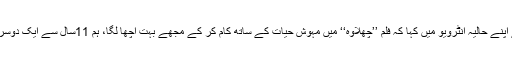
ذرائع ابلاغ کے مطابق اظفر رحمان نے اپنے حالیہ انٹرویو میں کہا کہ فلم ’’چھلاوہ‘‘ میں مہوش حیات کے ساتھ کام کر کے مجھے بہت اچھا لگا، ہم 11سال سے ایک دوسرے کو جانتے ہیں اور اچھے دوست ہیں۔